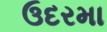
ઉદરમા